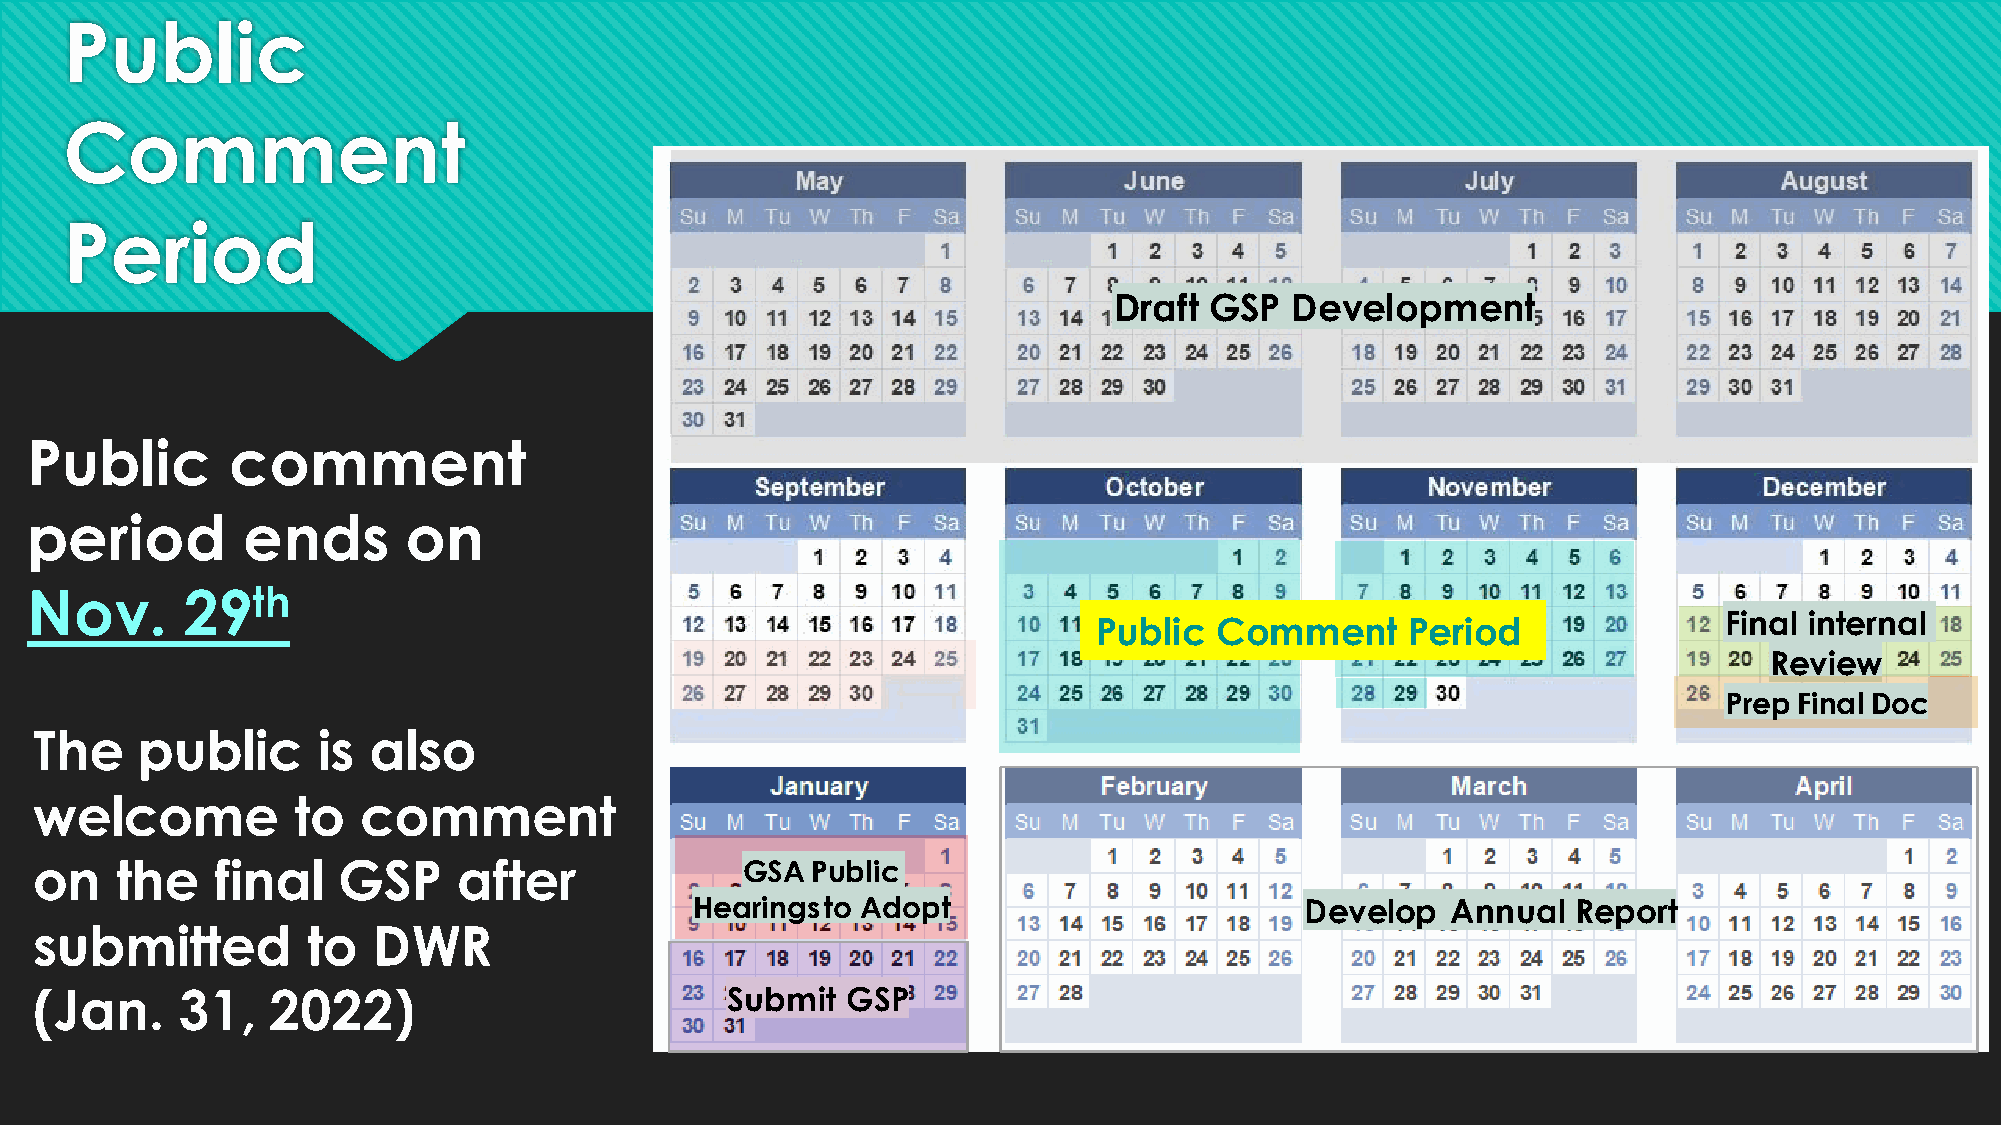
Public
 Comment
 Period
 Draft GSP  Development
 Public       comment
 period        ends       on
 Nov.      29th
 Final internal
 Public Comment      Period
 Review
 Prep Final Doc
 The    public      is also
 welcome          to   comment
 on    the   final   GSP     after              GSA  Public
 Hearings to Adopt                       Develop   Annual  Report
 submitted         to   DWR
 (Jan.     31,   2022)                         Submit  GSP